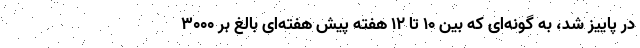
در پاییز شد، به گونه‌ای که بین ۱۰ تا ۱۲ هفته پیش هفته‌ای بالغ بر ۳۰۰۰